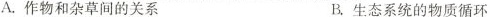
A.作物和杂草间的关系 B.生态系统的物质循环